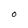
Character: O